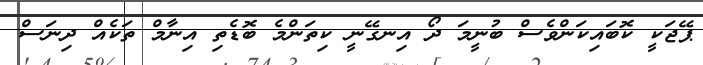
ޕޭޖަކީ ކޮބައިކަންވެސް ބުނީމަ ދޯ އިނގޭނީ ކިތަންމެ ބޮޑެތި އިނާމް ތަކެއް ދިނަސް